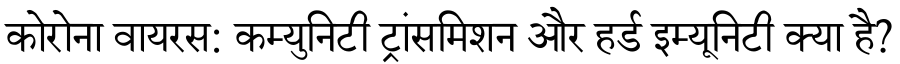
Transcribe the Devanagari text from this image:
कोरोना वायरस: कम्युनिटी ट्रांसमिशन और हर्ड इम्यूनिटी क्या है?